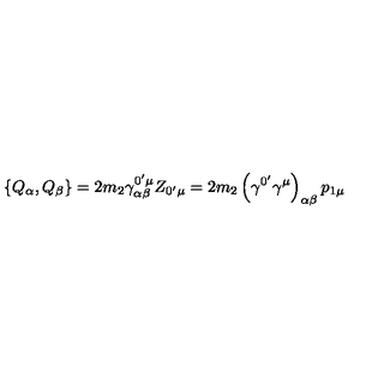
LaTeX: \left\{ Q _ { \alpha } , Q _ { \beta } \right\} = 2 m _ { 2 } \gamma _ { \alpha \beta } ^ { 0 ^ { \prime } \mu } Z _ { 0 ^ { \prime } \mu } = 2 m _ { 2 } \left( \gamma ^ { 0 ^ { \prime } } \gamma ^ { \mu } \right) _ { \alpha \beta } p _ { 1 \mu }